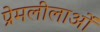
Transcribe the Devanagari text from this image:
प्रेमलीलाओं